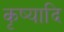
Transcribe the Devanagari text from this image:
कृष्यादि